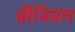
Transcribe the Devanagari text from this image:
बींनियल